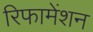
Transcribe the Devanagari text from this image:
रिफामेंशन